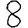
Digit: 8